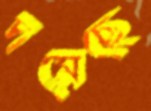
দমেছে